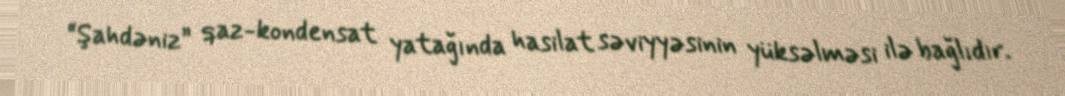
“Şahdəniz” qaz-kondensat yatağında hasilat səviyyəsinin yüksəlməsi ilə bağlıdır.